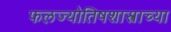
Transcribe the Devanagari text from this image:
फलज्योतिषशास्त्राच्या